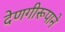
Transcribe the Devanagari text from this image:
देणगीरूपाने